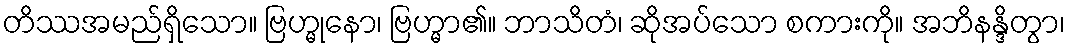
တိဿအမည်ရှိသော။ ဗြဟ္မုနော၊ ဗြဟ္မာ၏။ ဘာသိတံ၊ ဆိုအပ်သော စကားကို။ အဘိနန္ဒိတွာ၊